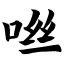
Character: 咝